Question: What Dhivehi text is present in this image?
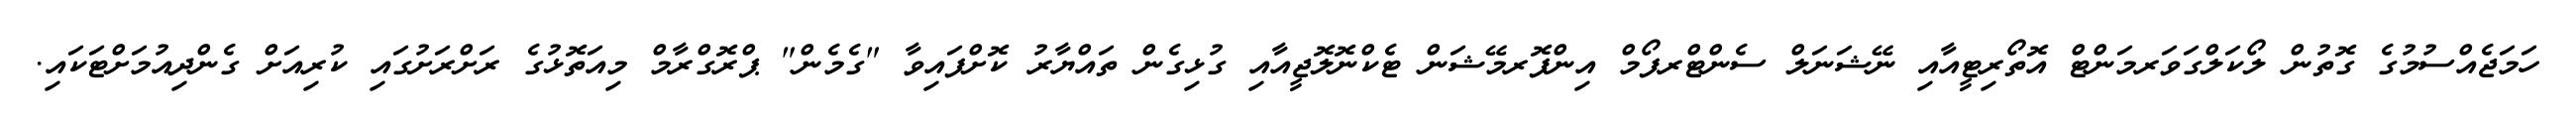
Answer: ހަމަޖެއްސުމުގެ ގޮތުން ލޯކަލްގަވަރމަންޓް އޮތޯރިޓީއާއި ނޭޝަނަލް ސެންޓްރފޯމް އިންފޮރމޭޝަން ޓެކްނޮލޮޖީއާއި ގުޅިގެން ތައްޔާރު ކޮށްފައިވާ "ގެމެން" ޕްރޮގްރާމް މިއަތޮޅުގެ ރަށްރަށުގައި ކުރިއަށް ގެންދިއުމަށްޓަކައި.